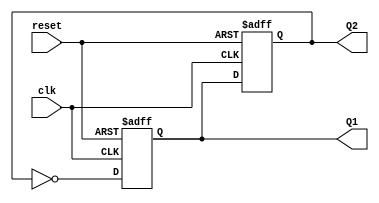
module dual_stage_johnson_counter (
    input wire clk,         // Clock signal
    input wire reset,       // Asynchronous reset signal
    output reg Q1,         // Output of the first flip-flop
    output reg Q2          // Output of the second flip-flop
);

// Always block triggered on the rising edge of the clock or when reset is activated
always @(posedge clk or posedge reset) begin
    if (reset) begin
        // Asynchronous reset: initialize outputs to 0
        Q1 <= 1'b0;
        Q2 <= 1'b0;
    end else begin
        // Shift operation: update the flip-flops
        Q1 <= ~Q2;  // D1 is fed by the inverted output of Q2
        Q2 <= Q1;   // D2 is fed by the current output of Q1
    end
end

endmodule